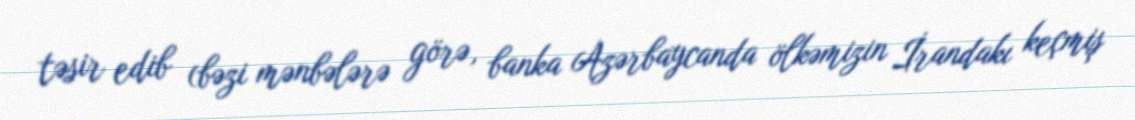
təsir edib (bəzi mənbələrə görə, banka Azərbaycanda ölkəmizin İrandakı keçmiş